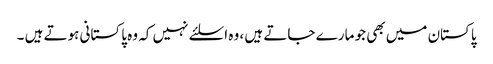
پاکستان میں بھی جو مارے جاتے ہیں ، وہ اسلئے نہیں کہ وہ پاکستانی ہوتے ہیں ۔